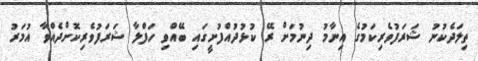
ތިލަދެކުނު ޝަރަފުވެރިކަމުގެ އިނާމު ދިނުމަށް ރޭ ކުޅުދުއްފުށީގައި ބޭއްވި ހަފްލާ ޝަރަފުވެރިކޮށްދެއްވާ އުމަރު